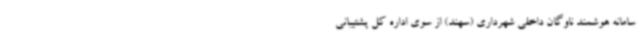
سامانه هوشمند ناوگان داخلی شهرداری (سهند) از سوی اداره کل پشتیبانی